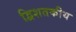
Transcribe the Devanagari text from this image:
द्विशतकीय